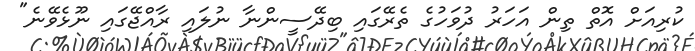
ކުރިއަށް އޮތް ތިން އަހަރު ދުވަހުގެ ތެރޭގައި ބިދޭސީންނާ ނުލައި ރާއްޖޭގައި ނޫޅެވޭނެ"